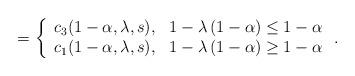
LaTeX: \begin{align*}=\left\{ \begin{array}{cc}c_{3}(1-\alpha ,\lambda ,s), & 1-\lambda \left( 1-\alpha \right) \leq1-\alpha \\ c_{1}(1-\alpha ,\lambda ,s), & 1-\lambda \left( 1-\alpha \right) \geq1-\alpha\end{array}\right. . \end{align*}